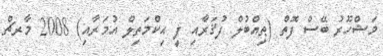
މަޝްހޫރު ބޭސް ފޮތް (ޠިއްބުލް ފުޤަރާއި ފީ ޙިކްމަތިލް އުމަރާއި) 2008 މާރޗް